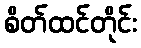
စိတ်ထင်တိုင်း